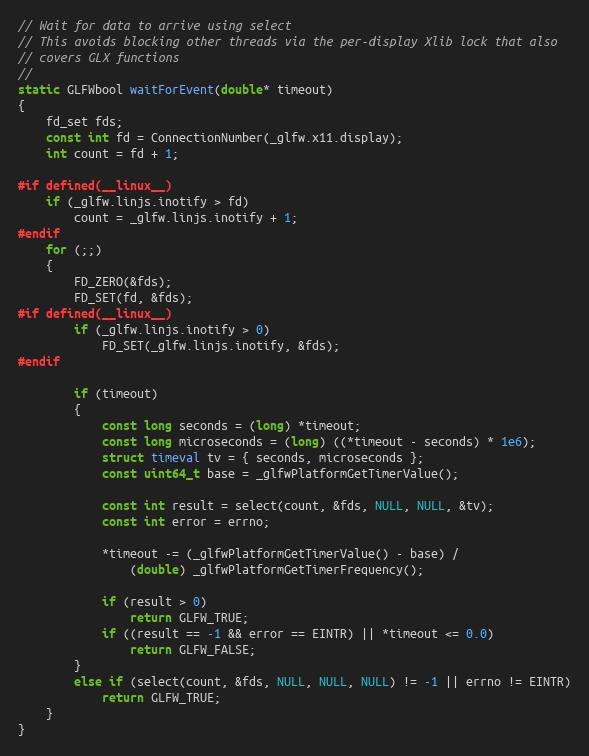
Language: C
// Wait for data to arrive using select
// This avoids blocking other threads via the per-display Xlib lock that also
// covers GLX functions
//
static GLFWbool waitForEvent(double* timeout)
{
    fd_set fds;
    const int fd = ConnectionNumber(_glfw.x11.display);
    int count = fd + 1;

#if defined(__linux__)
    if (_glfw.linjs.inotify > fd)
        count = _glfw.linjs.inotify + 1;
#endif
    for (;;)
    {
        FD_ZERO(&fds);
        FD_SET(fd, &fds);
#if defined(__linux__)
        if (_glfw.linjs.inotify > 0)
            FD_SET(_glfw.linjs.inotify, &fds);
#endif

        if (timeout)
        {
            const long seconds = (long) *timeout;
            const long microseconds = (long) ((*timeout - seconds) * 1e6);
            struct timeval tv = { seconds, microseconds };
            const uint64_t base = _glfwPlatformGetTimerValue();

            const int result = select(count, &fds, NULL, NULL, &tv);
            const int error = errno;

            *timeout -= (_glfwPlatformGetTimerValue() - base) /
                (double) _glfwPlatformGetTimerFrequency();

            if (result > 0)
                return GLFW_TRUE;
            if ((result == -1 && error == EINTR) || *timeout <= 0.0)
                return GLFW_FALSE;
        }
        else if (select(count, &fds, NULL, NULL, NULL) != -1 || errno != EINTR)
            return GLFW_TRUE;
    }
}